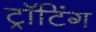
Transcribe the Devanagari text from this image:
ट्रॉटिंग